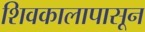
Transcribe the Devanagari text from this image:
शिवकालापासून